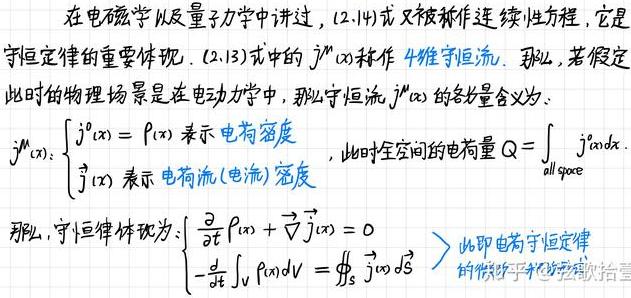
在电磁学以及量子力学中讲过，(2.14)式又被称作连续性方程，它是守恒定律的重要体现. (2.13)式中的 $j^{\mu}(x)$ 称作 4 维守恒流. 那么，若假定此时的物理场景是在电动力学中，那么守恒流 $j^{\mu}(x)$ 的各分量含义为：
\[
j^{\mu}(x):
\begin{cases}
j^{0}(x)=\rho(x) \text{ 表示电荷密度} \\
\vec{j}(x) \text{ 表示电荷流(电流)密度}
\end{cases}
\]
此时全空间的电荷量 $Q = \int_{\text{all space}} j^{0}(x)d^{3}x$.
那么，守恒律体现为：
\[
\begin{cases}
\frac{\partial}{\partial t}\rho(x) + \vec{\nabla}\cdot\vec{j}(x)=0 \\
-\frac{d}{dt}\int_{V}\rho(x)dV = \oiint_{S}\vec{j}(x)\cdot d\vec{S}
\end{cases}
\]
此即电荷守恒定律.